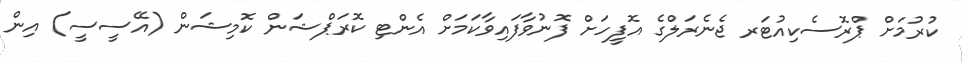
ކުރުމަށް ޕްރޮސެކިއުޓަރ ޖެނެރަލްގެ އޮފީހަށް ފޮނުވާފައިވާކަމަށް އެންޓި ކޮރަޕްޝަން ކޮމިޝަން (އޭސީސީ) އިން